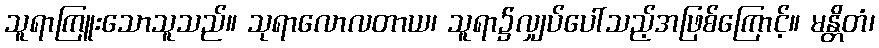
သူရာကြူးသောသူသည်။ သုရာလောလတာယ၊ သူရာ၌လျှပ်ပေါ်သည့်အဖြစ်ကြောင့်။ မန္တိတံ၊